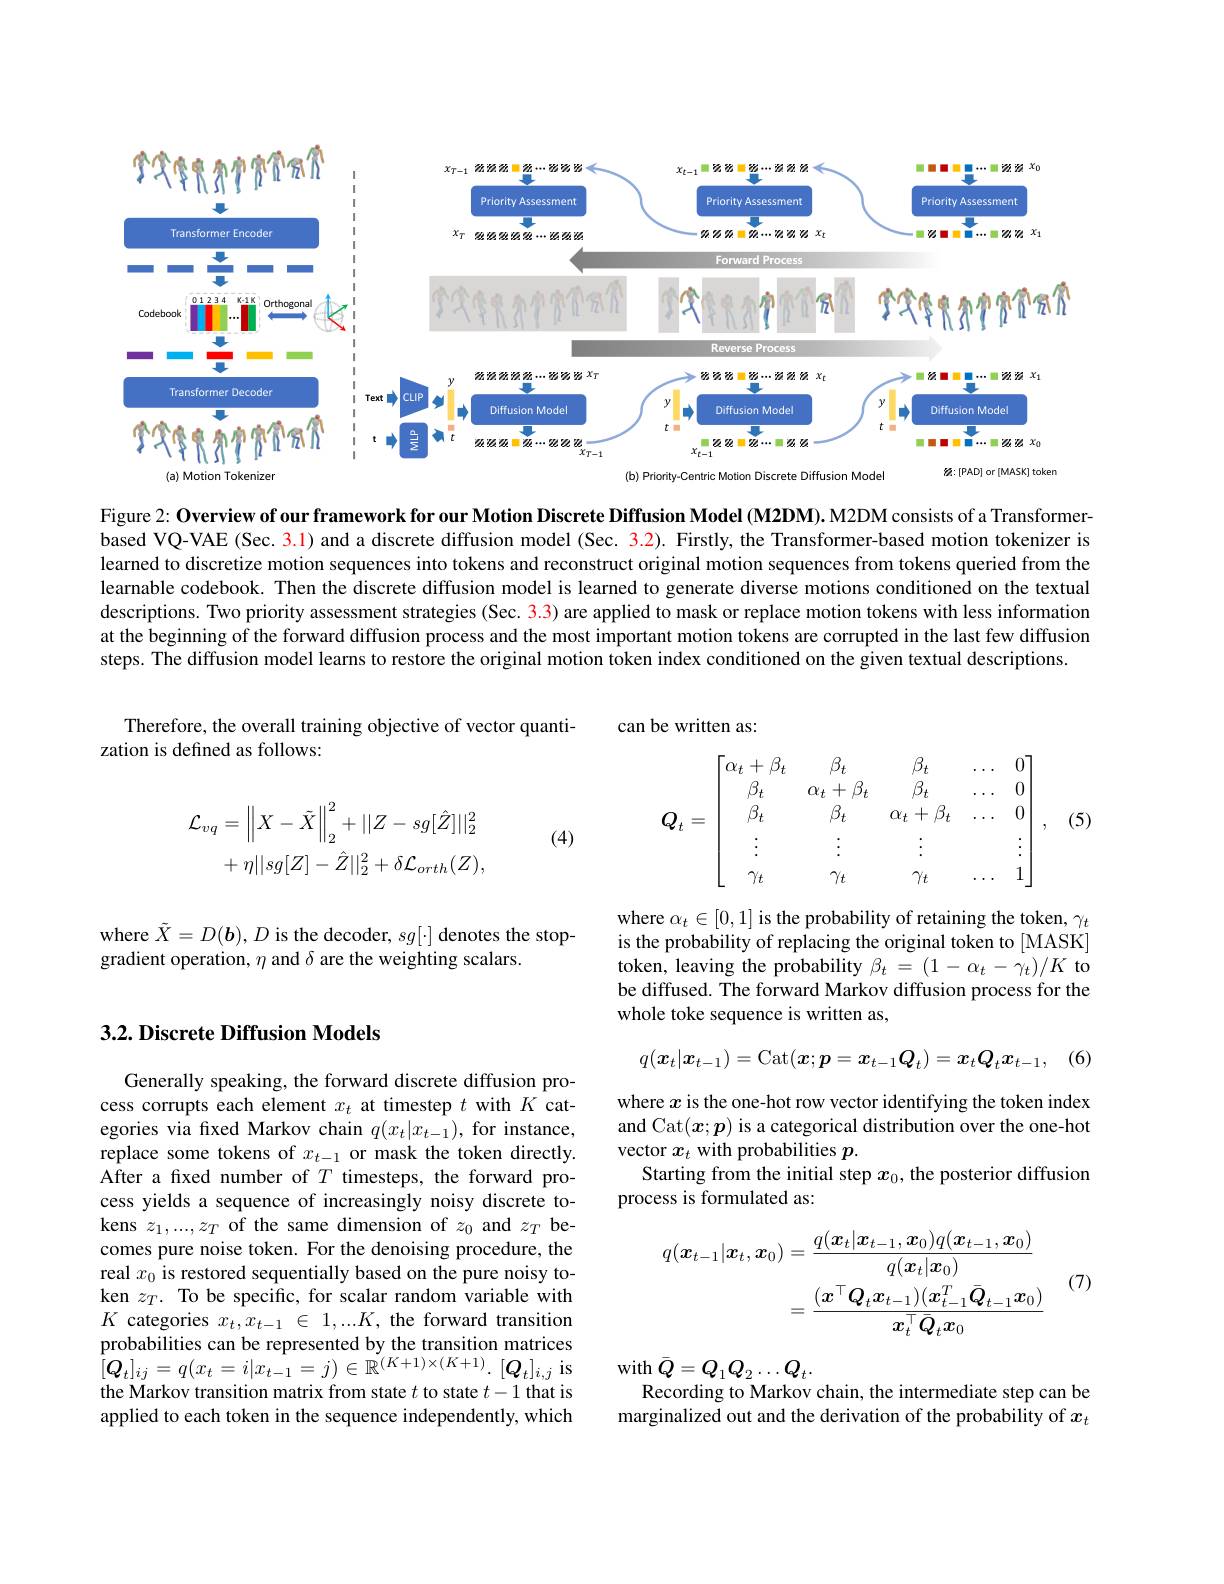
<FigureHere>

Figure 2: Overview of our framework for our Motion Discrete Diffusion Model (M2DM). M2DM consists of a Transformer- Overview of our framework for our our Motion Discrete Diffusion Model (M2DM). M2DM consists of a Transformer- 0. based VQ-VAE (Sec. 3.1) and a discrete diffusion model (Sec. 3.2). Firstly, the Transformer-based motion tokenizer is learned to discretize motion sequences into tokens and reconstruct original motion sequences from tokens queried from the learnable codebook. Then the discrete diffusion model is learned to generate diverse motions conditioned on the textual descriptions. Two priority assessment strategies (Sec. 3.3) are applied to mask or replace motion tokens with less information at the beginning of the forward diffusion process and the most important motion tokens are corrupted in the last few diffusion steps. The diffusion model learns to restore the original motion token index conditioned on the given textual descriptions.

can be written as

Therefore, the overall training objective of vector quanti-
zation is defined as follows:

(5)
$$\boldsymbol Q_t=\begin{bmatrix}\alpha_t+\beta_t&\beta_t&\beta_t&\dots&0\\\beta_t&\alpha_t+\beta_t&\beta_t&\dots&0\\\beta_t&\beta_t&\alpha_t+\beta_t&\dots&0\\\vdots&\vdots&\vdots&&\vdots\\\gamma_t&\gamma_t&\gamma_t&\dots&1\end{bmatrix},$$
$$\begin{aligned}\mathcal{L}_{vq}&=\left\|X-\tilde{X}\right\|_{2}^{2}+||Z-sg[\hat{Z}]||_{2}^{2}\\&+\eta||sg[Z]-\hat{Z}||_{2}^{2}+\delta\mathcal{L}_{orth}(Z),\end{aligned}$$
(4)

where $\tilde{X}=D(\boldsymbol{b}),D$ is the decoder, $sg[\cdot]$ denotes the stop-
gradient operation, $\eta$ and $\delta$ are the weighting scalars.

where $\alpha_t\in[0,1]$ is the probability of retaining the token, $\gamma_t$ is the probability of replacing the original token to [MASK] token, leaving the probability $\beta_t=(1-\alpha_t-\gamma_t)/K$ to be diffused. The forward Markov diffusion process for the whole toke sequence is written as,

### 3.2. Discrete Diffusion Models

(6)
$$q(\boldsymbol{x}_t|\boldsymbol{x}_{t-1})=\mathrm{Cat}(\boldsymbol{x};\boldsymbol{p}=\boldsymbol{x}_{t-1}\boldsymbol{Q}_t)=\boldsymbol{x}_t\boldsymbol{Q}_t\boldsymbol{x}_{t-1},$$
where $x$ is the one-hot row vector identifying the token index and Cat$(\boldsymbol x;\boldsymbol p)$ is a categorical distribution over the one-hot vector $x_t$ with probabilities $p.$
Starting from the initial step $x_0$, the posterior diffusion
process is formulated as:

Generally speaking, the forward discrete diffusion process corrupts each element $x_t$ at timestep $t$ with $K$ categories via fixed Markov chain $q(x_t|x_{t-1})$, for instance, replace some tokens of $x_{t-1}$ or mask the token directly. After a fixed number of $T$ timesteps, the forward process yields a sequence of increasingly noisy discrete tokens $z_1,...,z_{T}$ of the same dimension of $z_0$ and $z_T$ becomes pure noise token. For the denoising procedure, the real $x_0$ is restored sequentially based on the pure noisy token $z_T.$ To be specific, for scalar random variable with $K$ categories $x_t,x_{t-1}\in1,...K$, the forward transition probabilities can be represented by the transition matrices $[Q_{t}]_{ij}=q(x_{t}=i|x_{t-1}=j)\in\mathbb{R}^{(K+1)\times(K+1)}.[Q_{t}]_{i,j}$ is the Markov transition matrix from state $t$ to state $t-1$ that is applied to each token in the sequence independently, which
$$\begin{aligned}q(\boldsymbol{x}_{t-1}|\boldsymbol{x}_{t},\boldsymbol{x}_{0})&=\frac{q(\boldsymbol{x}_t|\boldsymbol{x}_{t-1},\boldsymbol{x}_0)q(\boldsymbol{x}_{t-1},\boldsymbol{x}_0)}{q(\boldsymbol{x}_t|\boldsymbol{x}_0)}\\&=\frac{(\boldsymbol{x}^\top\boldsymbol{Q}_t\boldsymbol{x}_{t-1})(\boldsymbol{x}_{t-1}^T\bar{\boldsymbol{Q}}_{t-1}\boldsymbol{x}_0)}{\boldsymbol{x}_t^\top\bar{\boldsymbol{Q}}_t\boldsymbol{x}_0}\end{aligned}$$
with$\bar{Q} = Q_{1}Q_{2}\ldots Q_{t}.$
Recording to Markov chain, the intermediate step can be marginalized out and the derivation of the probability of $x_t$